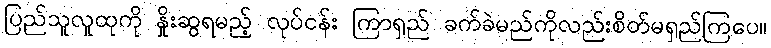
ပြည်သူလူထုကို နှိုးဆွရမည့် လုပ်ငန်း ကြာရှည် ခက်ခဲမည်ကိုလည်းစိတ်မရှည်ကြပေ။